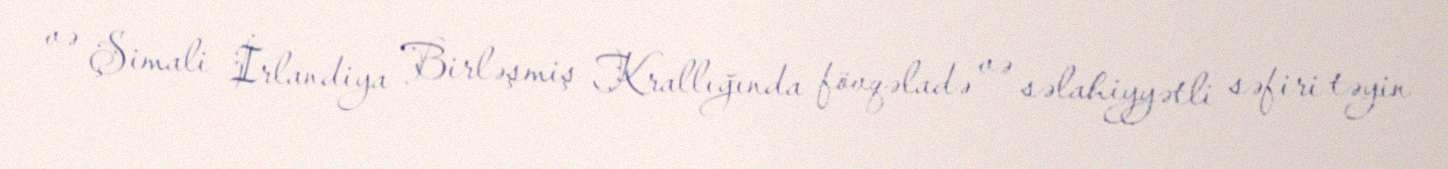
və Şimali İrlandiya Birləşmiş Krallığında fövqəladə və səlahiyyətli səfiri təyin